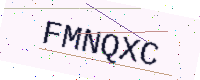
Text: FMNQXC